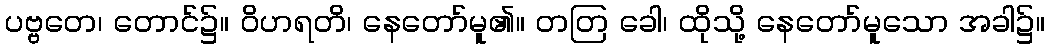
ပဗ္ဗတေ၊ တောင်၌။ ဝိဟရတိ၊ နေတော်မူ၏။ တတြ ခေါ၊ ထိုသို့ နေတော်မူသော အခါ၌။